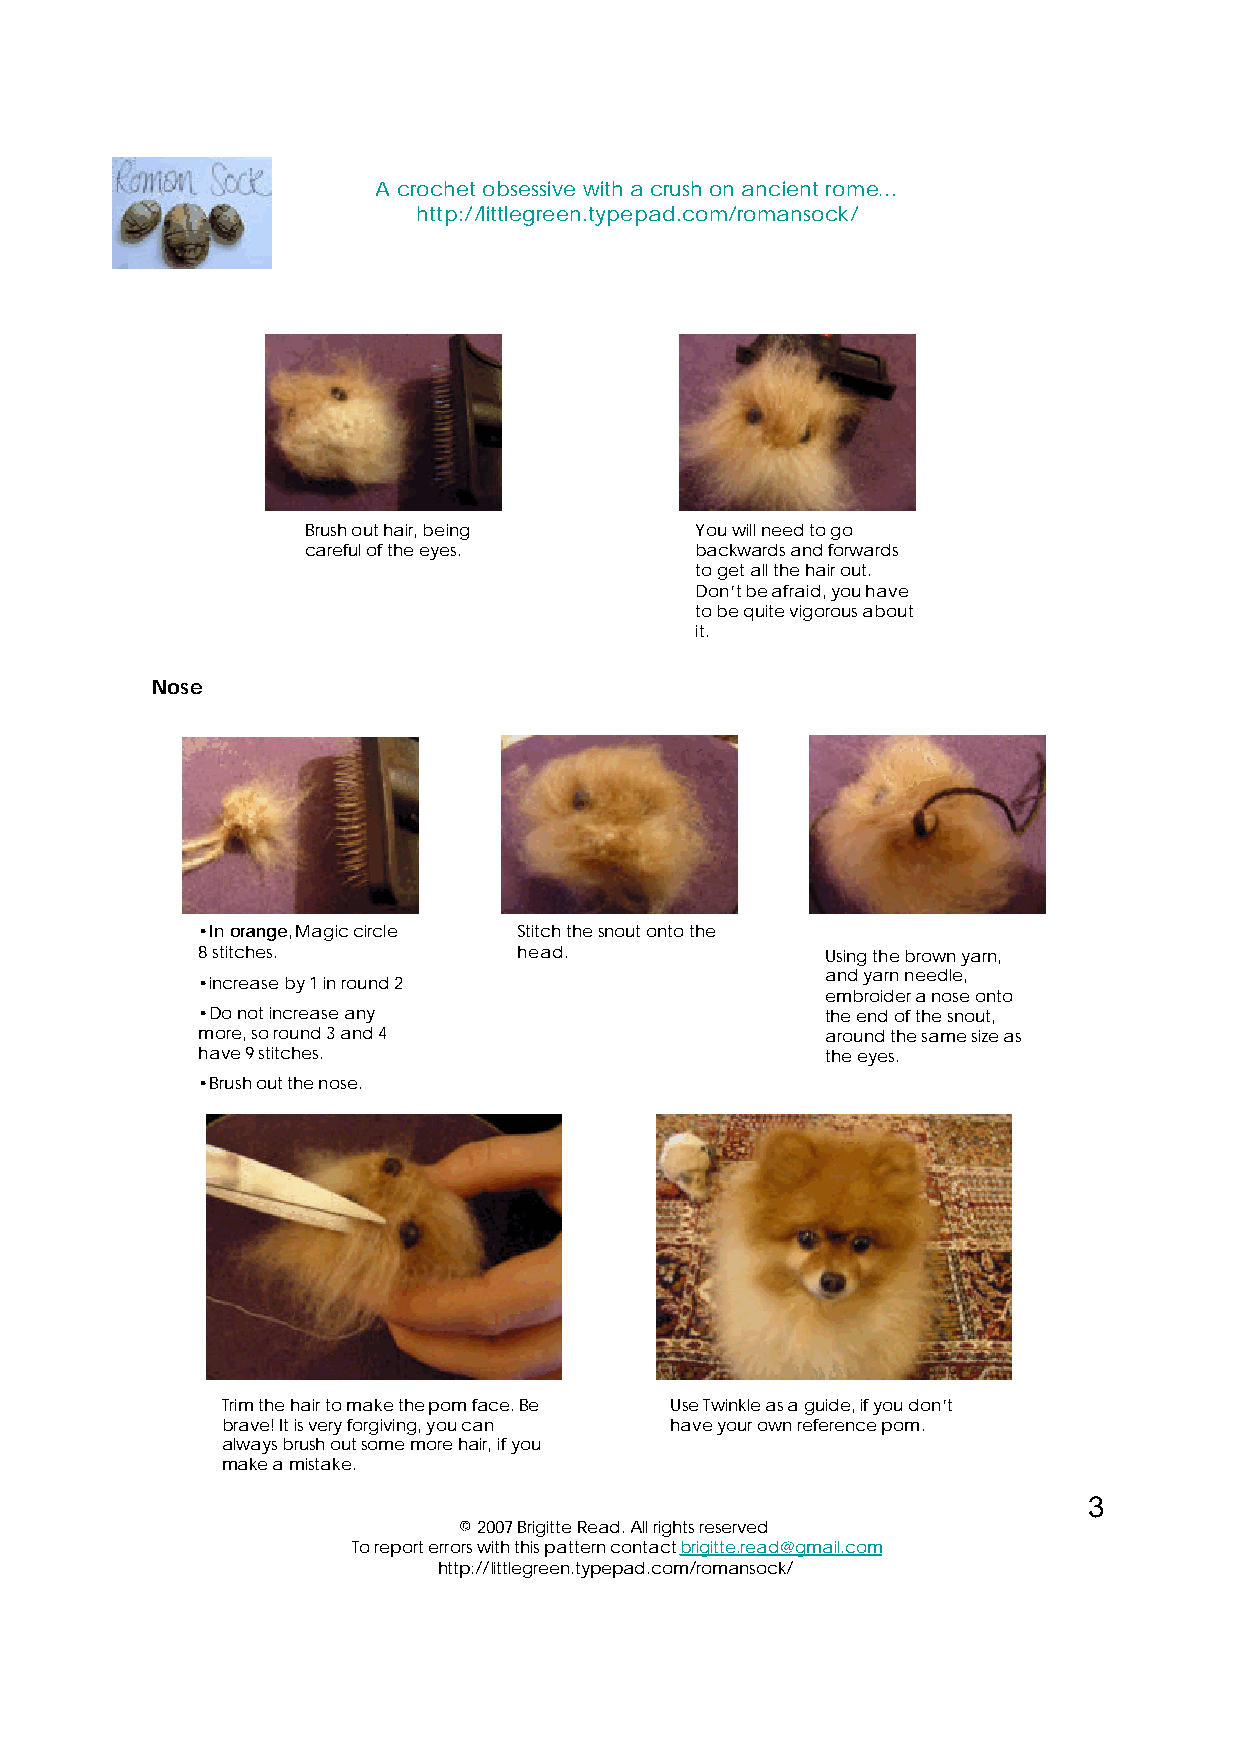
A crochet obsessive with a crush on ancient rome…
 http://littlegreen.typepad.com/romansock/
 Brush out hair, being     You will need to go
 careful of the eyes.      backwards and forwards
 to get all the hair out.
 Don’t be afraid, you have
 to be quite vigorous about
 it.
 Nose
 •In orange, Magic circle Stitch the snout onto the
 8 stitches.          head.                Using the brown yarn,
 and yarn needle,
 •increase by 1 in round 2
 embroider a nose onto
 •Do not increase any                      the end of the snout,
 more, so round 3 and 4                    around the same size as
 have 9 stitches.                          the eyes.
 •Brush out the nose.
 Trim the hair to make the pomface. Be Use Twinkle as a guide, if you don’t
 brave! It is very forgiving, you can have your own reference pom.
 always brush out some more hair, if you
 make a mistake.
 3
 ©2007 Brigitte Read. All rights reserved
 To report errors with this pattern contact brigitte.read@gmail.com
 http://littlegreen.typepad.com/romansock/